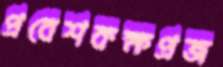
প্রবেশকক্ষপ্রজ